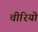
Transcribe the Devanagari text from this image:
चीरियो